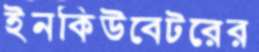
ইনকিউবেটরের